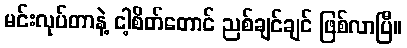
မင်းလုပ်တာနဲ့ ငါ့စိတ်တောင် ညစ်ချင်ချင် ဖြစ်လာပြီ။